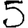
Digit: 5